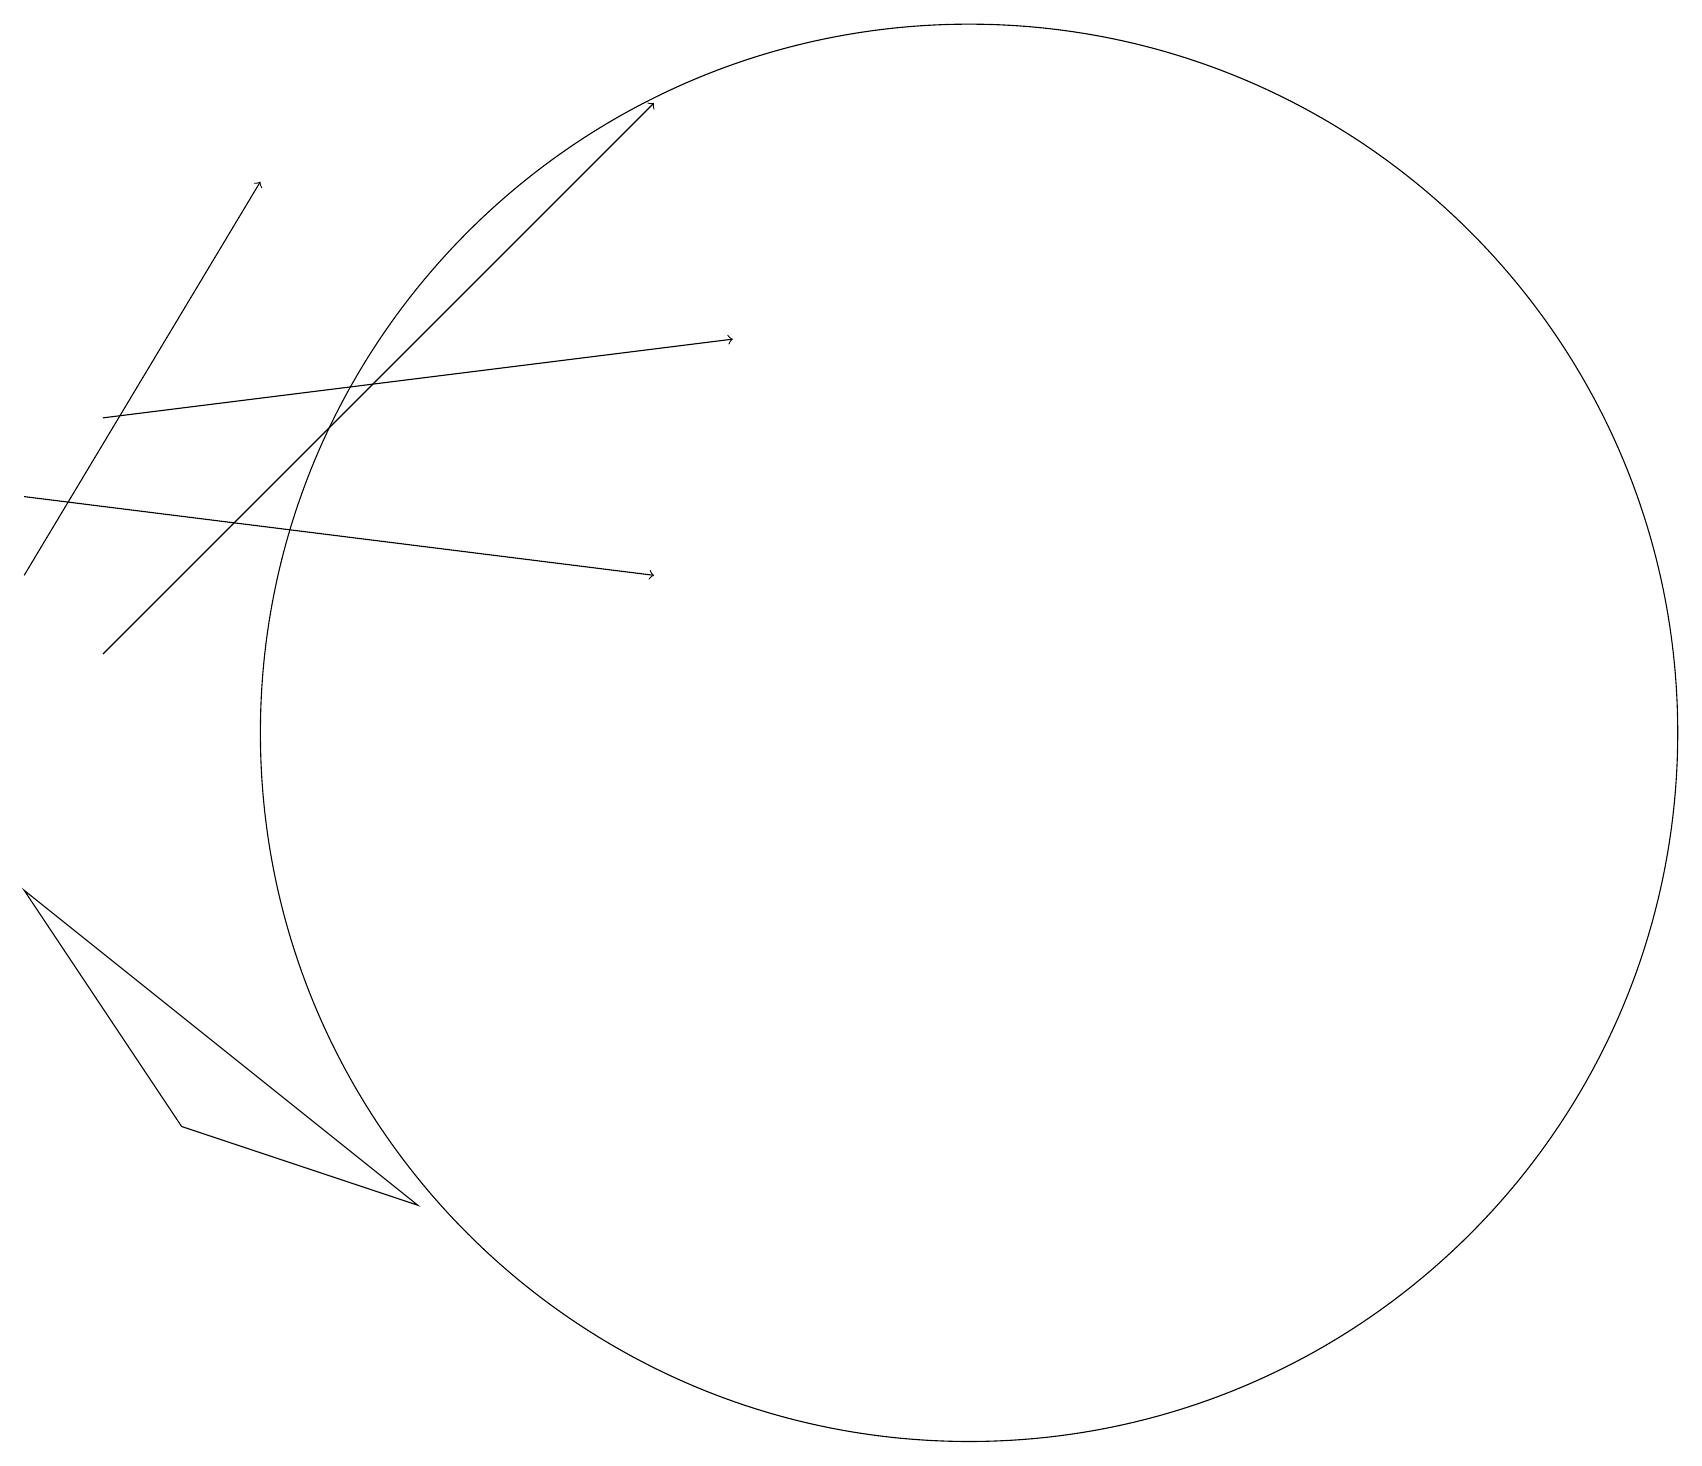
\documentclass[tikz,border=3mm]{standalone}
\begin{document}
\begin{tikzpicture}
\draw (12,10) circle (9);
\draw (5,4) -- (0,8) -- (2,5) -- cycle;
\draw[->] (0,13) -- (8,12);
\draw[->] (1,14) -- (9,15);
\draw[->] (0,12) -- (3,17);
\draw[->] (1,11) -- (8,18);
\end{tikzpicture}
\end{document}